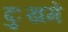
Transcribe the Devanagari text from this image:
दुःखमें